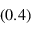
_ { ( 0 . 4 ) }